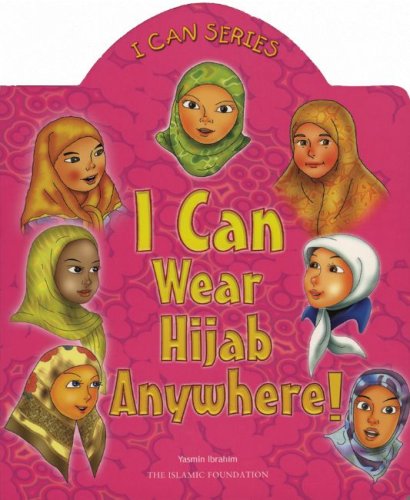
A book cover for I Can Wear Hijab Anywhere!; Yasmin Ibrahim; Children's Books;